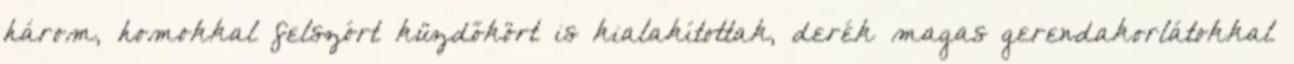
három, homokkal felszórt küzdőkört is kialakítottak, derék magas gerendakorlátokkal